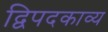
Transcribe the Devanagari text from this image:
द्विपदकाव्य